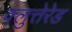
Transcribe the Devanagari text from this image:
क्लुत्तेरेड